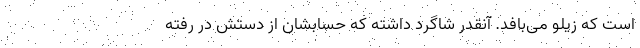
است که زیلو می‌بافد. آنقدر شاگرد داشته که حسابشان از دستش در رفته